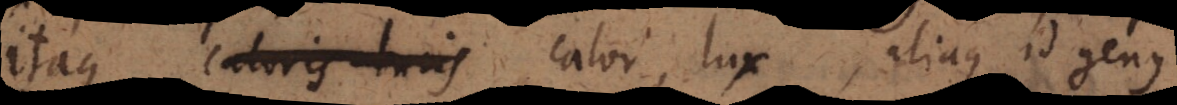
Itaque caloris lucis calor, lux, aliaque id genus